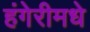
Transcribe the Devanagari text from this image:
हंगेरीमधे